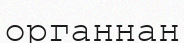
органнан